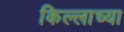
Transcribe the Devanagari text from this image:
किल्लाच्या